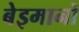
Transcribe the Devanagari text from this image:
बेइमानों